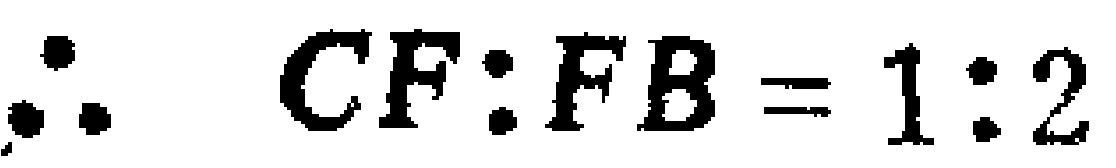
\(\therefore CF:FB = 1:2\)